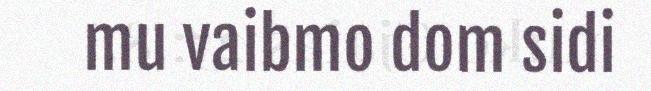
mu vaibmo dom sidi